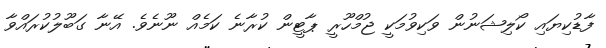
ފާޑުކިޔައި ކޯލިޝަނުން ވަކިވުމަކީ ޖުމްހޫރީ ޕާޓީން ކުރާނެ ކަމެއް ނޫނެވެ. އޭނާ ގަބޫލުކުރައްވާ